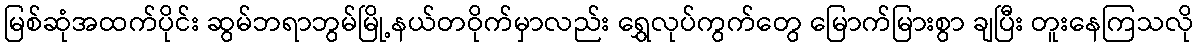
မြစ်ဆုံအထက်ပိုင်း ဆွမ်ဘရာဘွမ်မြို့နယ်တဝိုက်မှာလည်း ရွှေလုပ်ကွက်တွေ မြောက်မြားစွာ ချပြီး တူးနေကြသလို